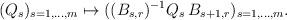
LaTeX: \begin{align*} (Q_s)_{s=1,\ldots,m} \mapsto ((B_{s,r})^{-1} Q_s \,B_{s+1,r})_{s=1,\ldots,m}.\end{align*}